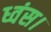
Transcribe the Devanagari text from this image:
ध्वंस।